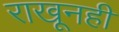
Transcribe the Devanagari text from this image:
राखूनही